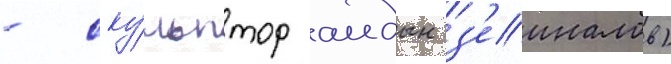
- ску́льптор аидын з'еиналов)